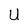
Character: U